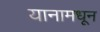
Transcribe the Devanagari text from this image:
यानामधून